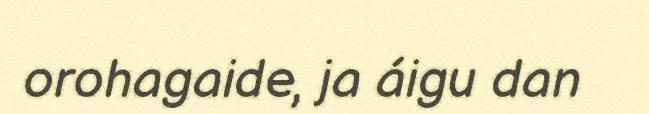
orohagaide, ja áigu dan